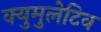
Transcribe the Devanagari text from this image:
क्युमुलेटिव